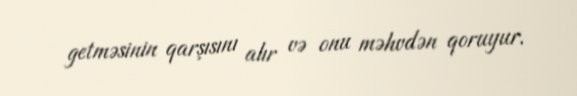
getməsinin qarşısını alır və onu məhvdən qoruyur.